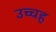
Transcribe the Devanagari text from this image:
उच्चह